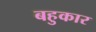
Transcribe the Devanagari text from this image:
बहुकार